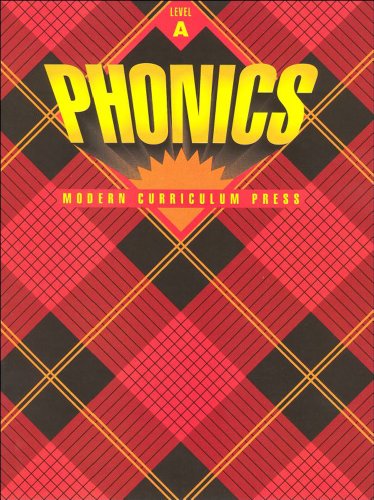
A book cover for MCP PLAID PHONICS LEVEL A FULL COLOR 1995 COPYRIGHT; Pearson Education; Reference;